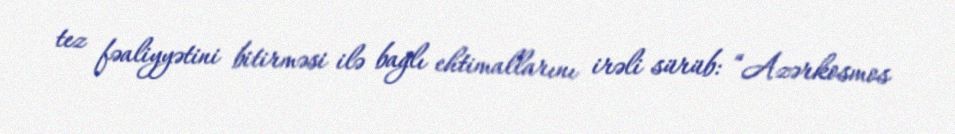
tez fəaliyyətini bitirməsi ilə bağlı ehtimallarını irəli sürüb: “Azərkosmos